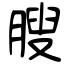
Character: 膄